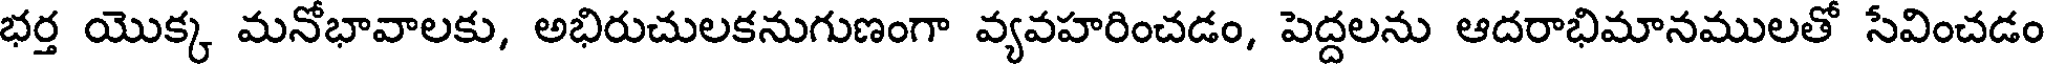
భర్త యొక్క మనోభావాలకు, అభిరుచులకనుగుణంగా వ్యవహరించడం, పెద్దలను ఆదరాభిమానములతో సేవించడం